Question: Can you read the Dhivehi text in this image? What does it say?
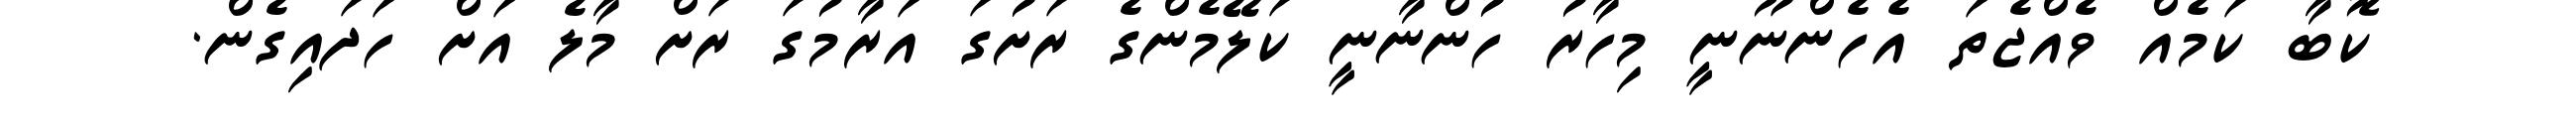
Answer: ކޮބާ ކަމެއް ވެއްޖެތަ އެހެންނޫނީ މިހާރު ހުންނާނީ ކަލޭމެންގެ ރަށުގަ އަރާމުގަ ރަށް މާލެ އަށް ހަދައިގެން.